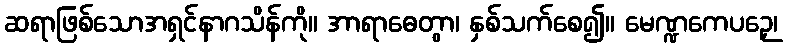
ဆရာဖြစ်သောအရှင်နာဂသိန်ကို။ အာရာဓေတွာ၊ နှစ်သက်စေ၍။ မေဏ္ဍကေပဉှေ၊